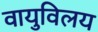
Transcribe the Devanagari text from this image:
वायुविलय